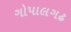
ગોપાલગઢ